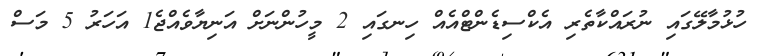
ހުޅުމާލޭގައި ނުރައްކާތެރި އެކްސިޑެންޓްއެއް ހިނގައި 2 މީހުންނަށް އަނިޔާވެއްޖެ1 އަހަރު 5 މަސް